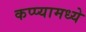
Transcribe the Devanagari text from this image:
कप्प्यामध्ये